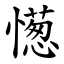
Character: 憽